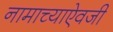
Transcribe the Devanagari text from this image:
नामाच्याऐवजी